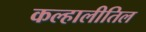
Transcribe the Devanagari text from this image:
कल्हालीतिल